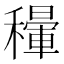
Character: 𥣐